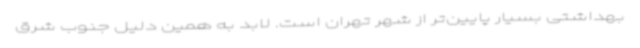
بهداشتی بسیار پایین‌تر از شهر تهران است. لابد به همین دلیل جنوب شرق